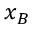
x _ { B }